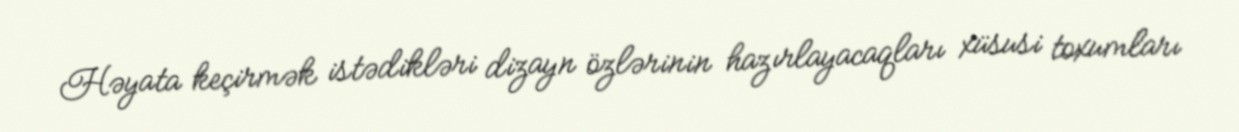
Həyata keçirmək istədikləri dizayn özlərinin hazırlayacaqları xüsusi toxumları